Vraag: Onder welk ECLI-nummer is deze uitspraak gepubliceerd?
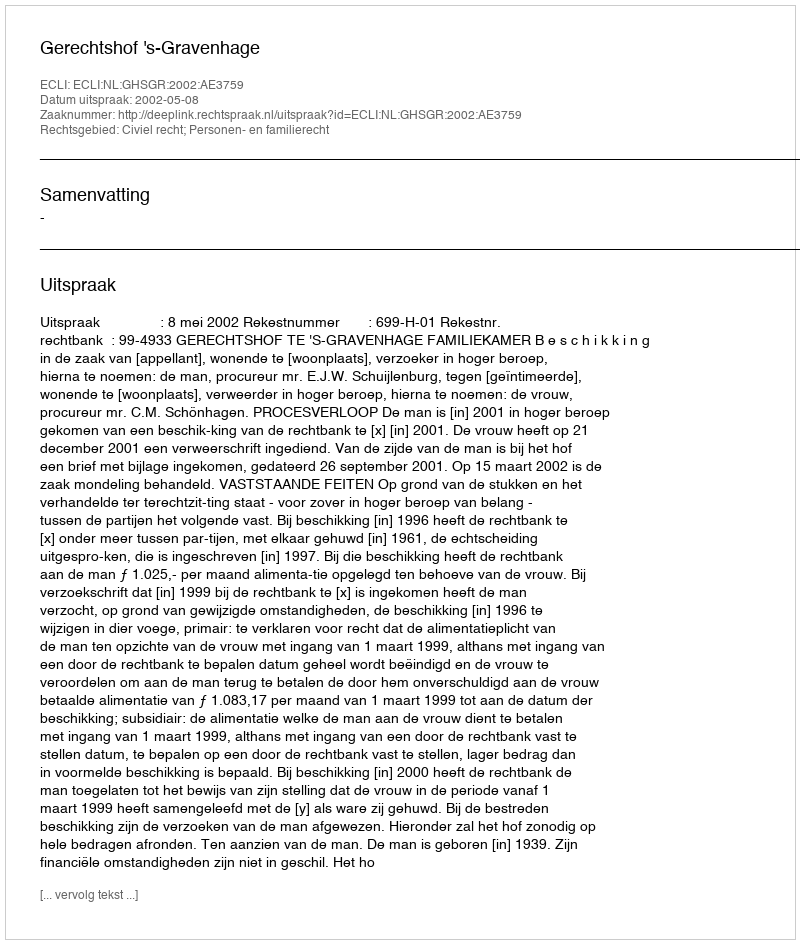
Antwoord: ECLI:NL:GHSGR:2002:AE3759